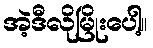
အဲ့ဒီလိုမြိုးပေါ့။